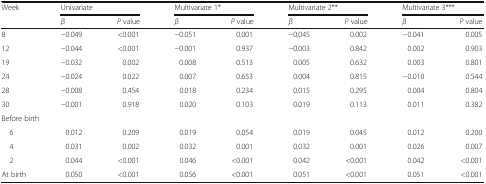
<table><thead><tr><td rowspan="2"><b>Week</b></td><td colspan="2"><b>Univariate</b></td><td colspan="2"><b>Multivariate 1*</b></td><td colspan="2"><b>Multivariate 2**</b></td><td colspan="2"><b>Multivariate 3***</b></td></tr><tr><td><b><i>β</i></b></td><td><b><i>P</i> value</b></td><td><b><i>β</i></b></td><td><b><i>P</i> value</b></td><td><b><i>β</i></b></td><td><b><i>P</i> value</b></td><td><b><i>β</i></b></td><td><b><i>P</i> value</b></td></tr></thead><tbody><tr><td>8</td><td>−0.049</td><td>&lt;0.001</td><td>−0.051</td><td>0.001</td><td>−0.045</td><td>0.002</td><td>−0.041</td><td>0.005</td></tr><tr><td>12</td><td>−0.044</td><td>&lt;0.001</td><td>−0.001</td><td>0.937</td><td>−0.003</td><td>0.842</td><td>0.002</td><td>0.903</td></tr><tr><td>19</td><td>−0.032</td><td>0.002</td><td>0.008</td><td>0.513</td><td>0.005</td><td>0.632</td><td>0.003</td><td>0.801</td></tr><tr><td>24</td><td>−0.024</td><td>0.022</td><td>0.007</td><td>0.653</td><td>0.004</td><td>0.815</td><td>−0.010</td><td>0.544</td></tr><tr><td>28</td><td>−0.008</td><td>0.454</td><td>0.018</td><td>0.234</td><td>0.015</td><td>0.295</td><td>0.004</td><td>0.804</td></tr><tr><td>30</td><td>−0.001</td><td>0.918</td><td>0.020</td><td>0.103</td><td>0.019</td><td>0.113</td><td>0.011</td><td>0.382</td></tr><tr><td colspan="9">Before birth</td></tr><tr><td> 6</td><td>0.012</td><td>0.209</td><td>0.019</td><td>0.054</td><td>0.019</td><td>0.045</td><td>0.012</td><td>0.200</td></tr><tr><td> 4</td><td>0.031</td><td>0.002</td><td>0.032</td><td>0.001</td><td>0.032</td><td>0.001</td><td>0.026</td><td>0.007</td></tr><tr><td> 2</td><td>0.044</td><td>&lt;0.001</td><td>0.046</td><td>&lt;0.001</td><td>0.042</td><td>&lt;0.001</td><td>0.042</td><td>&lt;0.001</td></tr><tr><td>At birth</td><td>0.050</td><td>&lt;0.001</td><td>0.056</td><td>&lt;0.001</td><td>0.051</td><td>&lt;0.001</td><td>0.051</td><td>&lt;0.001</td></tr></tbody></table>